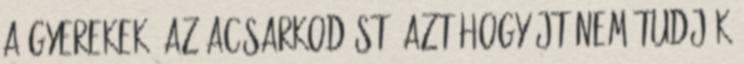
a gyerekek? az acsarkodást, azt hogy jt nem tudják